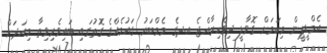
އެމްޑީޕީން މިކަމަށް ގޮވާލީ ދިވެހިރާއްޖެ އ.ދގެ މެމްބަރު ގައުމެއްގެ ގޮތުގައި ބައިވެރިވިތާ މިއަދަށް